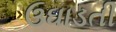
ઉઘાડતી